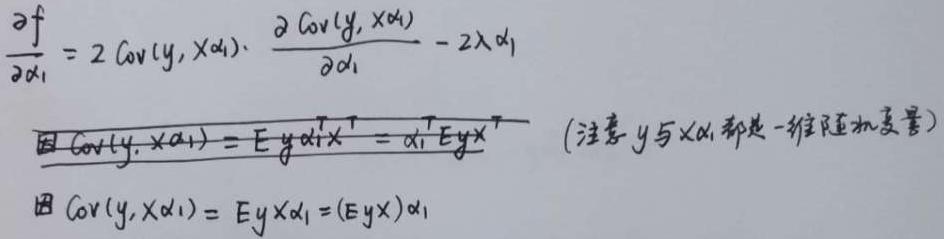
\[
\begin{align*}
\frac{\partial f}{\partial \alpha_1}&=2\mathrm{Cov}(y, x\alpha_1)\cdot\frac{\partial \mathrm{Cov}(y, x\alpha_1)}{\partial \alpha_1}-2\lambda\alpha_1\\
&\text{因 }\mathrm{Cov}(y, x\alpha_1)=E y\alpha_1^T x^T=\alpha_1^T E yx^T\quad(\text{注意 }y\text{ 与 }x\alpha_1\text{ 都是一维随机变量})\\
&\text{因 }\mathrm{Cov}(y, x\alpha_1)=E yx\alpha_1=(E yx)\alpha_1
\end{align*}
\]